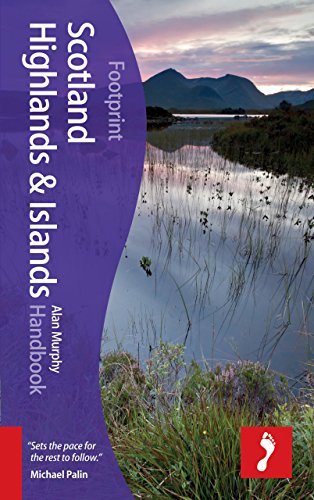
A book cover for Scotland Highland and Islands Handbook (Footprint - Handbooks); Alan Murphy; Travel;